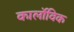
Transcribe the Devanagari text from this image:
कार्लोविक